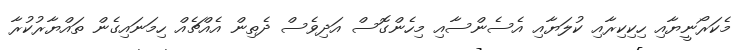
މެކަރޯނީޔާއި ހިކިކިރާއި ކުލަޔާއި އެސެންސާއި މިހެންގޮސް އަދިވެސް ދެތިން އެއްޗެއް ހިމަނައިގެން ތައްޔާރުކުރާ